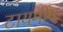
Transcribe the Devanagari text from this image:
टायमींग